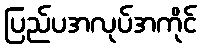
ပြည်ပအလုပ်အကိုင်